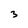
Character: 3